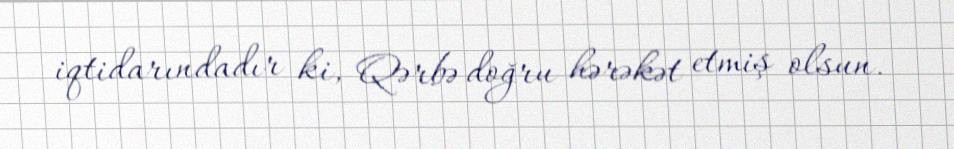
iqtidarındadır ki, Qərbə doğru hərəkət etmiş olsun.